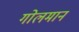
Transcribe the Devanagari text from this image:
गोलमान